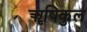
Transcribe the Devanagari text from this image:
ॠषिकुल